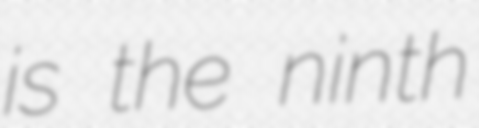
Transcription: is the ninth